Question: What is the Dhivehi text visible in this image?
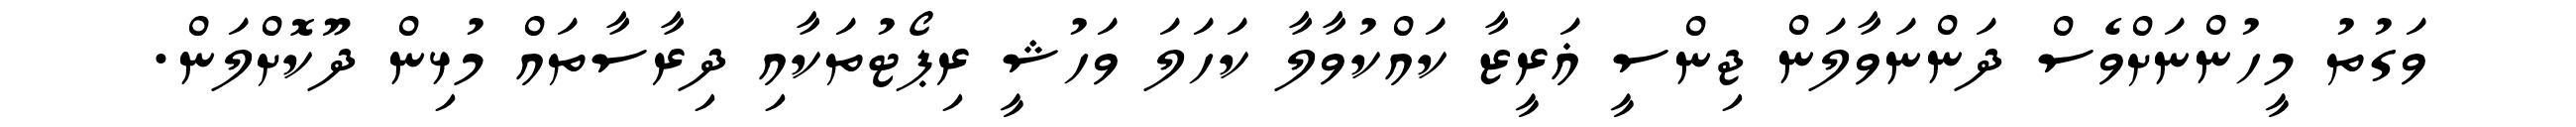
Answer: ވަގުތު މީހުންނަށްވެސް ދަންނަވާލަން ޖިންސީ ޣަރީޒާ ކައްކުވާލާ ކަހަލަ ވަހުޝީ ރިޕޯޓުތަކާއި ދިރާސާތައް މުޅިން ދޫކޮށްލަން.